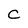
Character: C